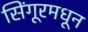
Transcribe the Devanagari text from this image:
सिंगूरमधून